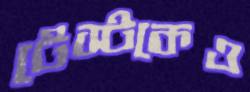
টেস্টকেও